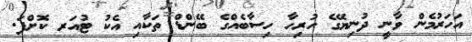
އަހަރުމެން ވާނީ ދުނިޔޭގެ ހުރިހާ ހިސާބެއްގެ ބޭންޑް ތަކާއި އެކު ޓުއަރ ކޮށްފަ.